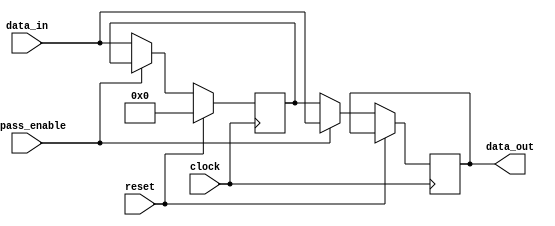
module variable_width_bypass_register(
    input wire bypass_enable,
    input wire clock,
    input wire reset,
    input wire [7:0] data_in,
    output reg [7:0] data_out
);

reg [7:0] register;

always @(posedge clock) begin
    if (reset) begin
        register <= 8'b0;
    end else begin
        if (bypass_enable) begin
            // Bypass data
            data_out <= data_in;
        end else begin
            // Store data in register
            register <= data_in;
            data_out <= register;
        end
    end
end

endmodule